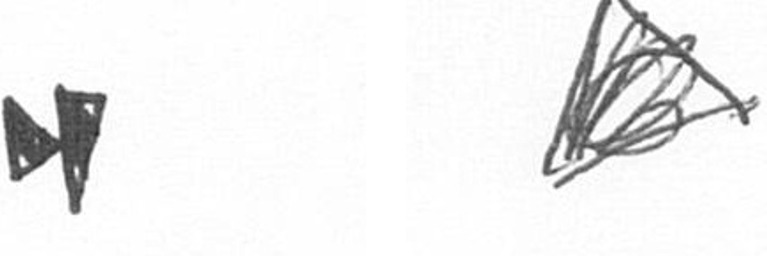
M O